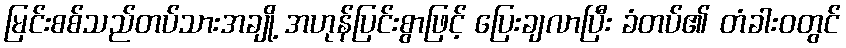
မြင်းစစ်သည်တပ်သားအချို့ အဟုန်ပြင်းစွာဖြင့် ပြေးချလာပြီး ခံတပ်၏ တံခါးဝတွင်